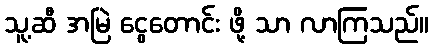
သူ့ဆီ အမြဲ ငွေတောင်း ဖို့ သာ လာကြသည်။